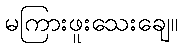
မကြားဖူးသေးချေ။